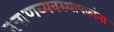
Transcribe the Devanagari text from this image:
खाणव्यवस्थापकांना